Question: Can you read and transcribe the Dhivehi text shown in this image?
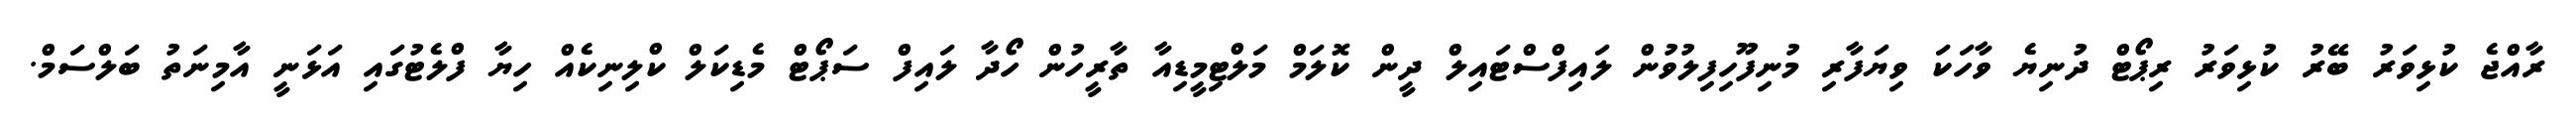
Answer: ރާއްޖެ ކުޅިވަރު ބޭރު ކުޅިވަރު ރިޕޯޓް ދުނިޔެ ވާހަކަ ވިޔަފާރި މުނިފޫހިފިލުވުން ލައިފްސްޓައިލް ދީން ކޮލަމް މަލްޓިމީޑިއާ ތާރީހުން ހޯދާ ލައިފް ސަޕޯޓް މެޑިކަލް ކްލިނިކެއް ހިޔާ ފްލެޓުގައި އަޅަނީ އާމިނަތު ބަލްސަމް.